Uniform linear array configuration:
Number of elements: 24
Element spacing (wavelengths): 0.25
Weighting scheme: kaiser
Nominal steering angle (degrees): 0
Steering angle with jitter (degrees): -1.196
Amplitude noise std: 0.05
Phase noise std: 0.05

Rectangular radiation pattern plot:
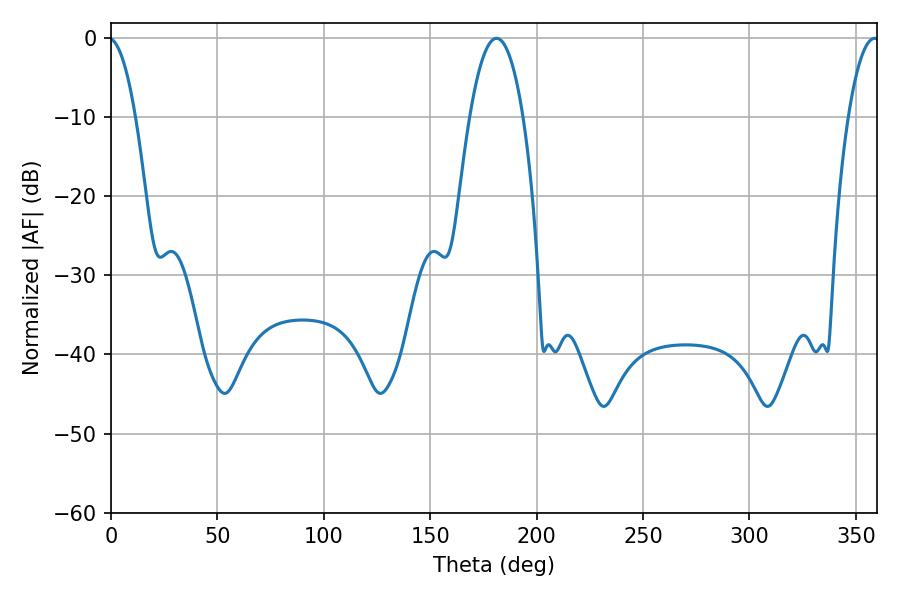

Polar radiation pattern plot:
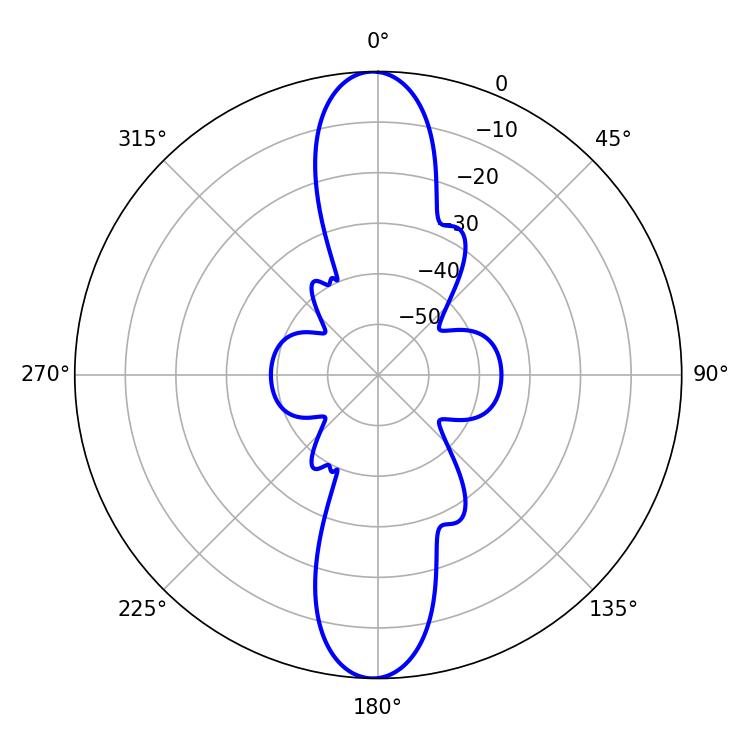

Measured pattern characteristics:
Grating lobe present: FALSE
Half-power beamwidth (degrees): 13.86
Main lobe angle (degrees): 181.08